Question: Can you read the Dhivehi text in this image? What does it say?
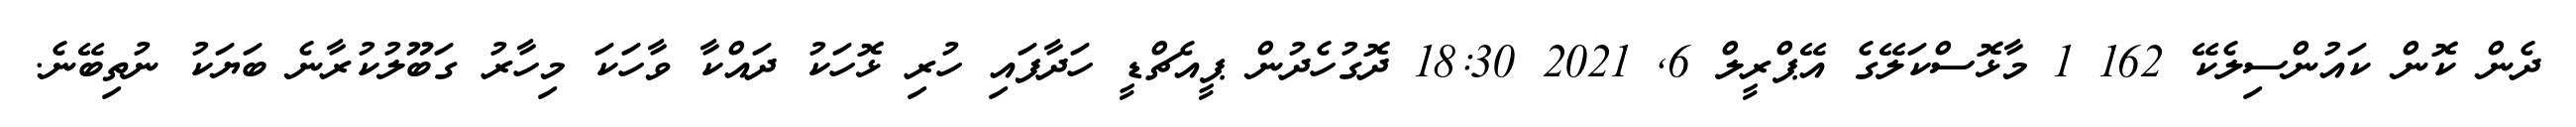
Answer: ދެން ކޮން ކައުންސިލެކޭ 162 1 މާޅޮސްކަލޭގެ އޭޕްރީލް 6, 2021 18:30 ދޮގުހެދުން ޕީއެޗްޑީ ހަދާފައި ހުރި ޅޮހަކު ދައްކާ ވާހަކަ މިހާރު ގަބޫލުކުރާނެ ބަޔަކު ނުތިބޭނެ.